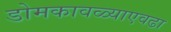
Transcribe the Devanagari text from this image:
डोमकावळ्याएवढा